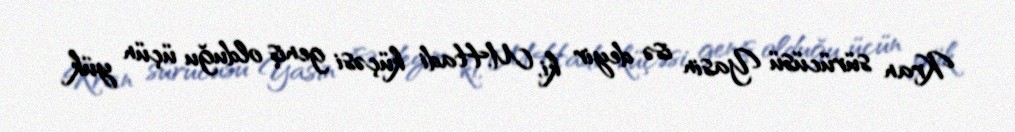
Kran sürücüsü Yasin isə deyir ki, M.Hadi küçəsi geniş olduğu üçün yük